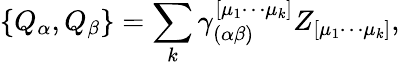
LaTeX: \{ Q_{\alpha},Q_{\beta}\} =\sum_{k}\gamma_{(\alpha\beta)}^{[\mu_{1}\cdots\mu_{k}]}Z_{[\mu_{1}\cdots\mu_{k}]},